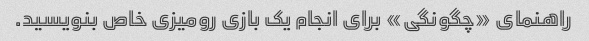
راهنمای «چگونگی» برای انجام یک بازی رومیزی خاص بنویسید.